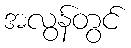
အလွန်တွင်